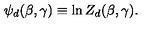
\psi _ { d } ( \beta , \gamma ) \equiv \ln Z _ { d } ( \beta , \gamma ) .